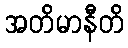
အတိမာနီတိ